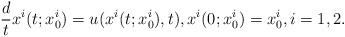
\begin{align*}\frac{d}{t}x^i(t;x^i_0)=u(x^i(t;x^i_0), t),x^i(0;x^i_0)=x^i_0, i=1,2.\end{align*}